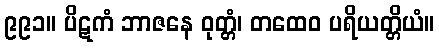
၉၉၁။ ပိဋကံ ဘာဇနေ ဝုတ္တံ၊ တထေဝ ပရိယတ္တိယံ။